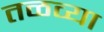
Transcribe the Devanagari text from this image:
तळव्या